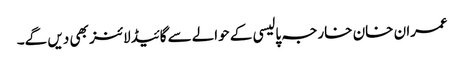
عمران خان خارجہ پالیسی کے حوالےسے گائیڈلائنز بھی دیں گے۔